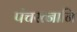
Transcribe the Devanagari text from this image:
पंचरत्नानि